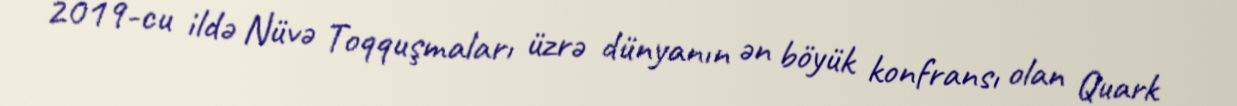
2019-cu ildə Nüvə Toqquşmaları üzrə dünyanın ən böyük konfransı olan Quark